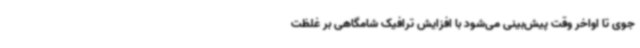
جوی تا اواخر وقت پیش‌بینی می‌شود با افزایش ترافیک شامگاهی بر غلظت